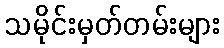
သမိုင်းမှတ်တမ်းများ